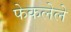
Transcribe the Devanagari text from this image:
फेकलेले